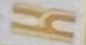
H